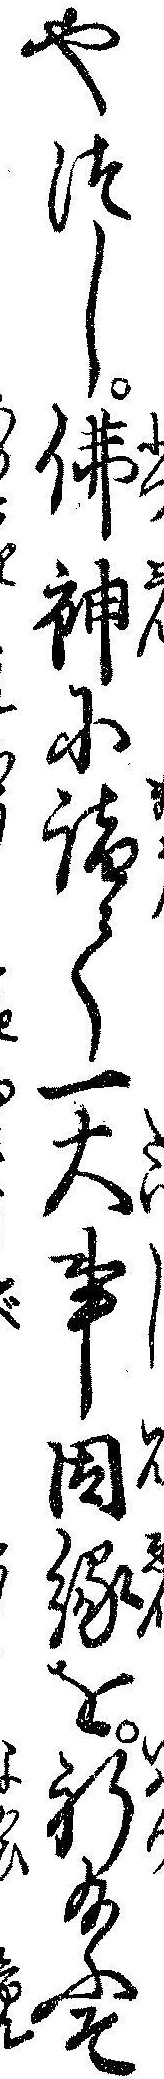
やつし仏神に詣て一大事因縁を祈給ふそ